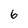
Character: 6